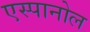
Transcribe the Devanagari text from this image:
एस्‍पानोल